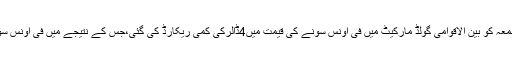
آل کراچی صراف اینڈ جیولرزایسوسی ایشن کے مطابق جمعہ کو بین الاقوامی گولڈ مارکیٹ میں فی اونس سونے کی قیمت میں4ڈالرکی کمی ریکارڈ کی گئی،جس کے نتیجے میں فی اونس سونے کی قیمت1214ڈالرسے گھٹ کر1211ڈالرہوگئی۔